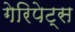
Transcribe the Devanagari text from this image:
गेरिपेट्स